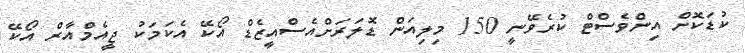
ކުޑަކޮށް އިންވެސްޓް ކުރެވޭނީ 150 މިލިއަން ޑޮލަރަށްއެސްއީޒެޑް އޯކޭ އެކަމަކު ޖީއެމްއާރް އޯކޭ